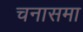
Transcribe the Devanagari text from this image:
चनासमा